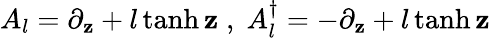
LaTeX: A_{l}=\partial_{\mathbf{z}}+l\operatorname{tanh}\mathbf{z}\textrm{{}}\; ,\; \textrm{{}}A_{l}^{\dagger}=-\partial_{\mathbf{z}}+l\operatorname{tanh}\mathbf{z}